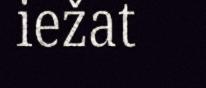
iežat